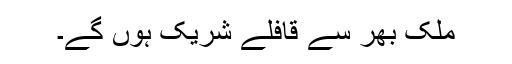
ملک بھر سے قافلے شریک ہوں گے۔